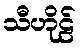
သီဟိုဠ်